Vaccination North-Western Provinces and Oudh 1878-1895 - 1878-1895
Year: 1878
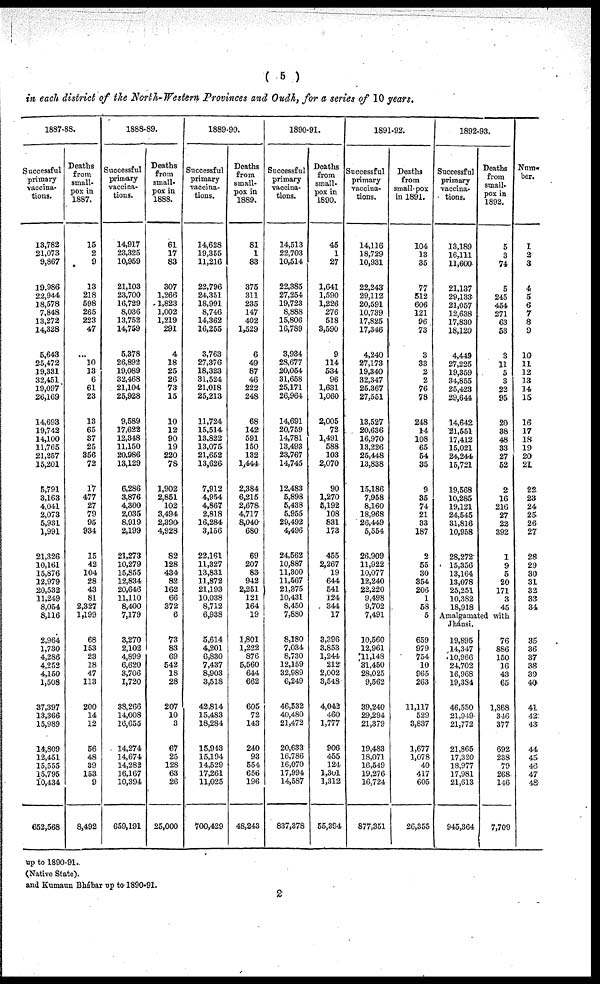
( 5 )
in each district of the North-Western Provinces and Oudh, for a series of 10 years.
1887-88.
Successful
primary
vaccina-
tions.
13,782
21,073
9,867
19,986
22,944
18,578
7,848
13,272
14,328
5,643
25,472
19,331
32,451
19,097
26,169
14,693
19,742
14,100
11,765
21,257
15,201
5,791
3,163
4,041
2,073
5,931
1,991
21,326
10,161
15,876
12,979
20,532
11,249
8,054
8,116
2,964
1,730
4,286
4,252
4,150
1,508
37,397
13,366
15,989
14,809
12,451
15,555
15,795
10,434
652,568
Deaths
from
small-
pox in
1887.
15
2
9
13
218
598
265
223
47
...
10
13
6
61
23
13
65
37
25
356
72
17
477
27
79
95
934
15
42
104
28
43
81
2,327
1,199
68
153
23
18
47
113
200
14
12
56
48
39
153
9
8,492
1888-89.
Successful
primary
vaccina-
tions.
14,917
23,325
10,959
21,103
23,700
16,729
8,036
13,752
14,759
5,378
26,892
19,089
32,468
21,104
25,928
9,589
17,622
12,348
11,150
20,986
13,129
6,286
3,876
4,300
2,035
8,919
2,199
21,273
10,279
15355
12,834
20,646
11,110
8,400
7,179
3,270
2,102
4,899
6,620
3,706
1,720
38,266
14,008
16,655
14,274
14,674
14,282
16,167
10,394
659,191
Deaths
from
small-
pox in
1888.
61
17
83
307
1,266
1,823
1,002
1,219
291
4
18
25
26
73
15
10
12
90
19
220
7S
1,902
2,851
102
3,494
2,390
4,928
82
128
434
82
162
66
372
6
73
83
69
542
18
28
207
10
3
67
25
128
63
26
25,000
1889-90.
Successful
primary
vaccina-
tions.
14,628
19,355
11,216
22,796
24,351
18,991
8,746
14,362
16,255
3,763
27,376
18,323
31,524
21,018
25,213
11,724
15,514
13,822
13,075
21,652
13,626
7,912
4,954
4,867
2,818
16,284
3,156
22,161
11,327
13,831
11,872
21,193
10,038
8,712
6,938
5,614
4,201
6,830
7,437
8,903
3,518
42,814
15,483
18,284
15,943
15,194
14,529
17,261
11,025
700,429
Deaths
from
small-
pox in
1889.
81
1
83
375
311
235
147
402
1,529
6
49
87
46
222
248
68
142
591
150
132
1,444
2,384
6,215
2,678
4,717
8,040
680
69
207
83
942
2,251
121
164
19
1,801
1,222
876
5,560
644
662
605
72
143
240
93
554
656
196
48,243
1890-91.
Successful
primary
vaccina-
tions.
14,513
22,703
10,514
22,385
27,254
19,723
8,888
15,806
16,789
3,934
28,677
20,054
31,658
25,171
26,964
14,691
20,759
14,781
13,493
23,767
14,745
12,483
5,898
5,438
5,955
29,492
4,496
24,562
10,887
11,300
11,567
21,375
10,431
8,450
7,880
8,180
7,034
8,730
12,159
32,989
6,249
46,532
40,480
21,472
20,633
16,786
16,070
17,994
14,587
837,378
Deaths
from
small-
pox in
1890.
45
1
27
1,641
1,590
1,226
276
518
3,590
9
114
534
96
1,631
1,060
2,005
72
1,491
588
103
2,070
90
1,270
5,192
108
831
173
455
2,267
19
644
541
i24
344
17
3,396
3,853
1,244
212
2,002
3,548
4,042
460
1,777
906
455
124
1,301
1,312
55,394
1891-92.
Successful
primary
vaccina-
tions.
14,116
18,729
10,931
22,243
29,112
20,591
10,739
17,825
17,346
4,240
27,173
19,340
32,347
25.367
27,551
13,527
20,636
16,970
13,226
25,448
13,838
15,186
7,958
8,160
18,968
26,449
5,554
26,909
11,922
10,077
12,240
22,220
9,498
9,702
7,491
10,560
12,961
11,148
31,450
28,025
9,562
39,240
29,294
21,379
19,483
18,071
16,549
19,276
16,724
877,351
Deaths
from
small-pox
in 1891.
104
13
35
77
512
606
121
96
73
3
33
2
2
76
78
248
14
108
65
54
35
9
35
74
21
33
187
2
55
30
354
206
1
58
5
659
979
754
10
965
263
11,117
529
3,837
1,677
1,078
40
417
605
26,355
1892-93.
Successful
primary
vaccina-
tions.
13,189
16,111
11,600
21,137
29,133
21,057
12,638
17,830
18,120
4,449
27,225
19,359
34,855
25,423
29,644
14,642
21,551
17,412
15,021
24,244
15,721
19,568
10,285
19,121
24,545
31,816
10,958
28,272
15,356
13,164
13,078
25,251
10,382
18,918
Deaths
from
small-
pox in
1892.
5
3
74
5
245
454
271
63
53
3
11
5
3
22
95
20
38
48
33
27
52
2
16
216
27
22
392
1
9
5
20
171
3
45
Amalgaumated with
Jhánsi.
19,895
14,347
10,966
24,702
16,968
19,334
46,550
21,949-
21,772
21,865
17,320
18,977
17,981
21,613
945,364
76
886
150
16
43
65
1,868
346
377
692
238
79
268
146
7,709
Num-
ber.
1
3
3
4
5
6
7
8
9
10
11
12
13
14
15
16
17
18
19
20
21
22
23
24
25
26
27
28
29
30
31
32
33
34
35
36
37
38
39
40
41
42
43
44
45
46
47
48
up to 1890-91.
(Native State).
and Kumaun Bháhar up to 1890-91.
2